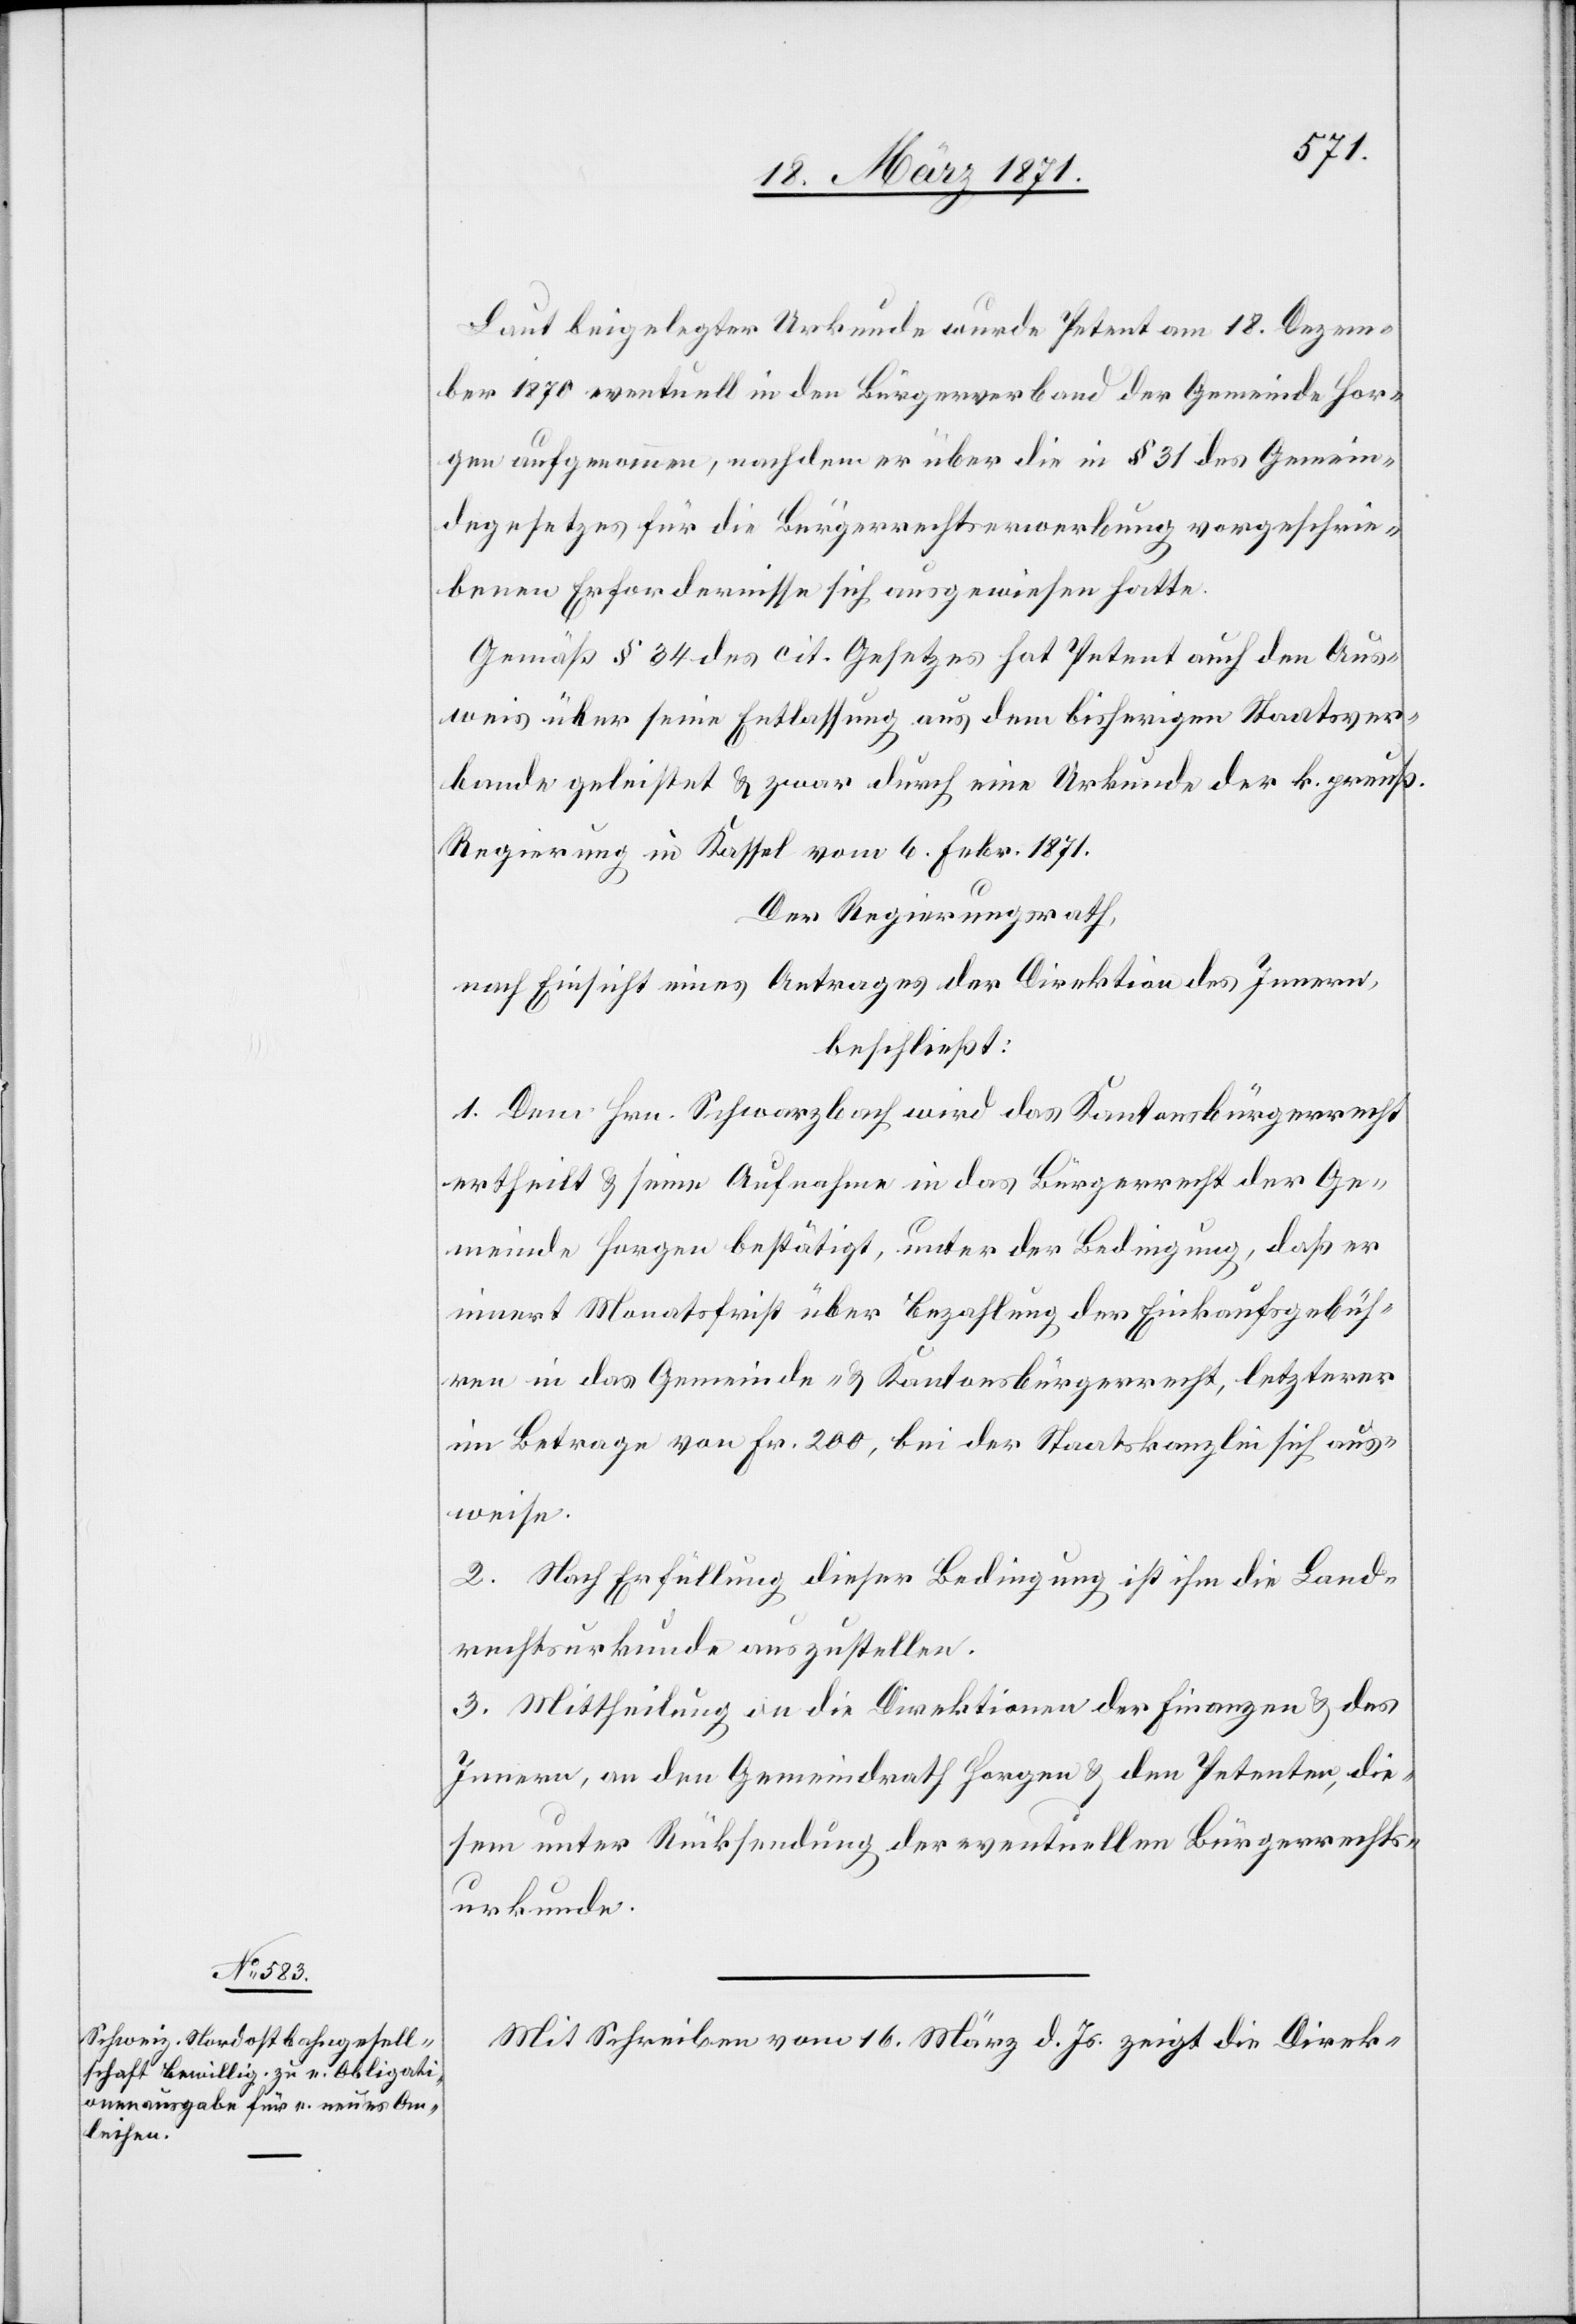
Laut beigelegter Urkunde wurde Petent am 18. Dezem¬
ber 1870 eventuell in den Bürgerverband der Gemeinde Hor¬
gen aufgenommen, nachdem er über die in § 31 des Gemein¬
degesetzes für die Bürgerrechtserwerbung vorgeschrie¬
benen Erfordernisse sich ausgewiesen hatte.
Gemäß § 34 des cit. Gesetzes hat Petent auch den Aus¬
weis über seine Entlassung aus dem bisherigen Staatsver¬
bande geleistet u. zwar durch eine Urkunde der k. preuß.
Regierung in Kassel vom 6. Febr. 1871.
Der Regierungsrath,
nach Einsicht eines Antrages der Direktion des Innern,
beschließt:
1. Dem Hrn. Schwarzbach wird das Kantonsbürgerrecht
ertheilt u. seine Aufnahme in das Bürgerrecht der Ge¬
meinde Horgen bestätigt, unter der Bedingung, daß er
innert Monatsfrist über Bezahlung der Einkaufsgebüh¬
ren in das Gemeinde- u. Kantonsbürgerrecht, letzterer
im Betrage von Fr. 200, bei der Staatskanzlei sich aus¬
weise.
2. Nach Erfüllung dieser Bedingung ist ihm die Land¬
rechtsurkunde auszustellen.
3. Mittheilung an die Direktion der Finanzen u. des
Innern, an den Gemeindrath Horgen u. den Petenten, die¬
sem unter Rücksendung der eventuellen Bürgerrechts¬
urkunde.
Mit Schreiben vom 16. März d. Js. zeigt die Direk-